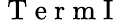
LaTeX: \mathrm{~T~e~r~m~I~}